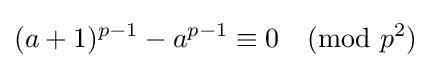
(a+1)^{p-1}-a^{p-1}\equiv 0{\pmod {p^{2}}}